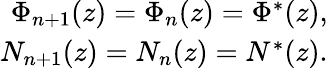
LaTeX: \begin{array}{r}{\Phi_{n+1}(z)=\Phi_{n}(z)=\Phi^{*}(z),}\\ {N_{n+1}(z)=N_{n}(z)=N^{*}(z).}\end{array}